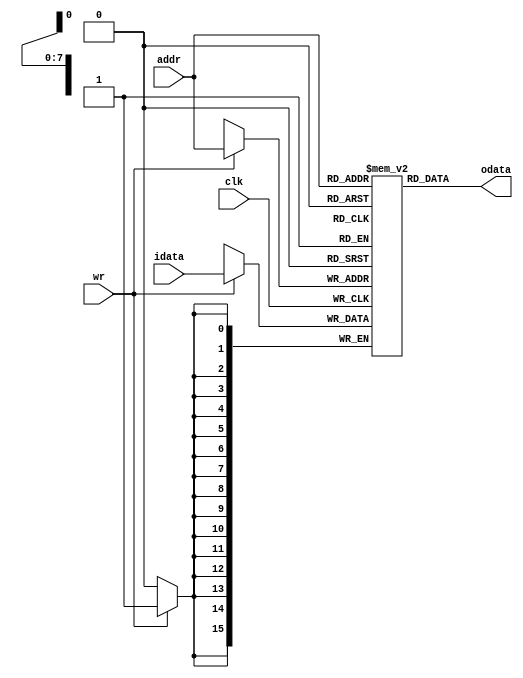
module Memory
(
    clk,
    addr,
    idata,
    wr,
    odata
);
//*****************************************************************************
    // I/O Ports Declaration
    input           clk;    // System clock
    input  [ 8-1:0] addr;   // Memory address
    input  [16-1:0] idata;  // 32 bits memory write data
    input           wr;     // Memory write control signal
    output [16-1:0] odata;  // 32 bits memory read data

    // Global variables Declaration
    // System
    wire   [16-1:0] odata;
    reg      [15:0] memory[0:255]; //32 words Memory

    // System conection
    // Output
    assign odata = memory[addr];

//*****************************************************************************
    always@(posedge clk) begin
        if(wr)
        begin
            memory[addr] <= idata;
        end
    end
//*****************************************************************************
endmodule